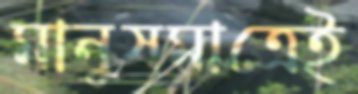
মানুষমাত্রেই